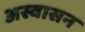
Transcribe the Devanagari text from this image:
अस्वासन